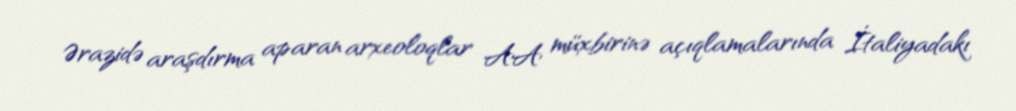
Ərazidə araşdırma aparan arxeoloqlar AA müxbirinə açıqlamalarında İtaliyadakı